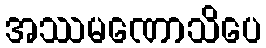
အဿမဏောသိပေ